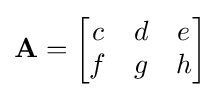
\mathbf {A} ={\begin{bmatrix}c&d&e\\f&g&h\\\end{bmatrix}}